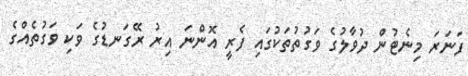
ފަނަރަ މިނެޓުން ދުވާލުގެ ވަގުތުތަކުގައި ފެރީ އޮންނަ އިރު ރޭގަނޑުގެ ވަކި ވަގުތެއްގެ